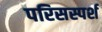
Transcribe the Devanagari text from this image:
परिसस्पर्श